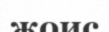
жоис